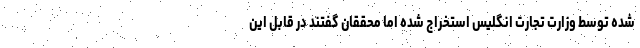
شده توسط وزارت تجارت انگلیس استخراج شده اما محققان گفتند در قابل این